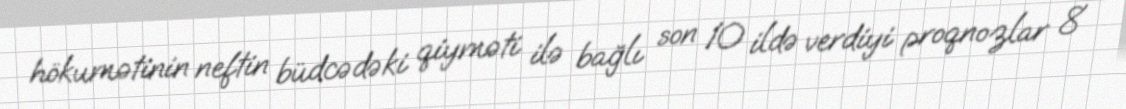
hökumətinin neftin büdcədəki qiyməti ilə bağlı son 10 ildə verdiyi proqnozlar 8